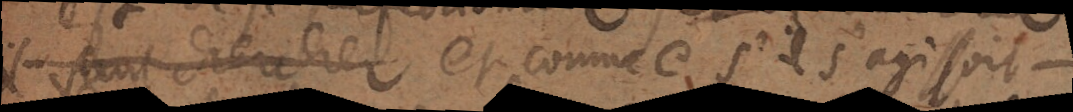
il faut chercher et comme s’il s’agissoit